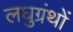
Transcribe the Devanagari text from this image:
लघुग्रंथों